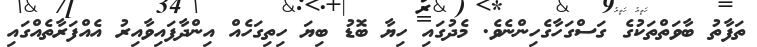
ތަފާތު ބާވަތްތަކުގެ ގަސްގަހާގެހިންނެވެ. މެދުގައި ހިޔާ ބޮޑު ބިޔަ ހިތިގަހެއް އިންދާފައިވާއިރު އެއްފަރާތެއްގައި